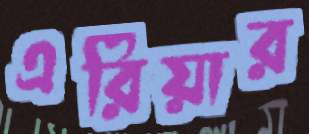
এরিয়ার